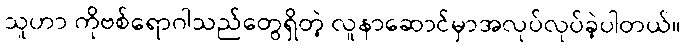
သူဟာ ကိုဗစ်ရောဂါသည်တွေရှိတဲ့ လူနာဆောင်မှာအလုပ်လုပ်ခဲ့ပါတယ်။